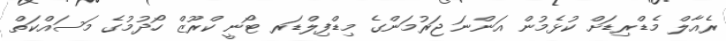
ރެއާލް މެޑްރިޑަށް ކުޅެމުން އަންނަ ޖަރުމަންގެ މިޑްފިލްޑަރ ޓޯނީ ކްރޫޒް ހޯދުމުގެ މަސައްކަތް